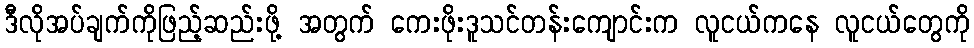
ဒီလိုအပ်ချက်ကိုဖြည့်ဆည်းဖို့ အတွက် ကေးဖိုးဒူသင်တန်းကျောင်းက လူငယ်ကနေ လူငယ်တွေကို